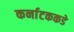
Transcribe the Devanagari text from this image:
कर्नाटककडे